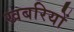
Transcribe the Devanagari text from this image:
खबरियों